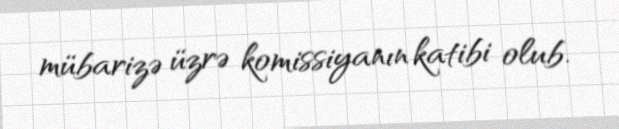
mübarizə üzrə komissiyanın katibi olub.